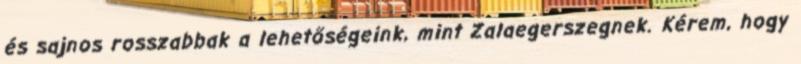
és sajnos rosszabbak a lehetőségeink, mint Zalaegerszegnek. Kérem, hogy